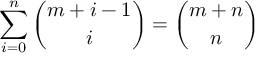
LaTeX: \sum _ { i = 0 } ^ { n } { \binom { m + i - 1 } { i } } = { \binom { m + n } { n } }